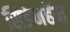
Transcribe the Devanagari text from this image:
सिडेनहॅम